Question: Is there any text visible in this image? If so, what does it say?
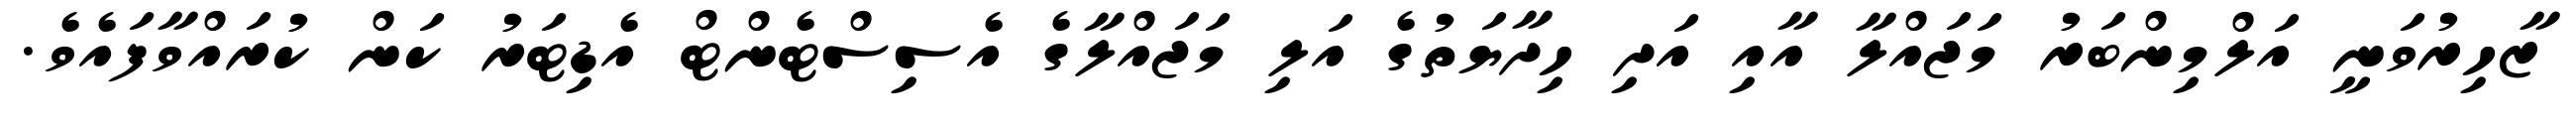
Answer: ޒާހިރުވަނީ އަލްމިންބަރު މަޖައްލާ އާއި އަދި ހިދާޔަތުގެ އަލި މަޖައްލާގެ އެސިސްޓެންޓް އެޑިޓަރު ކަން ކުރައްވާފައެވެ.